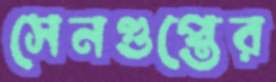
সেনগুপ্তের